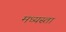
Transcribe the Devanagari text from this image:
मध्‍यस्ता